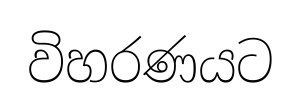
විහරණයට